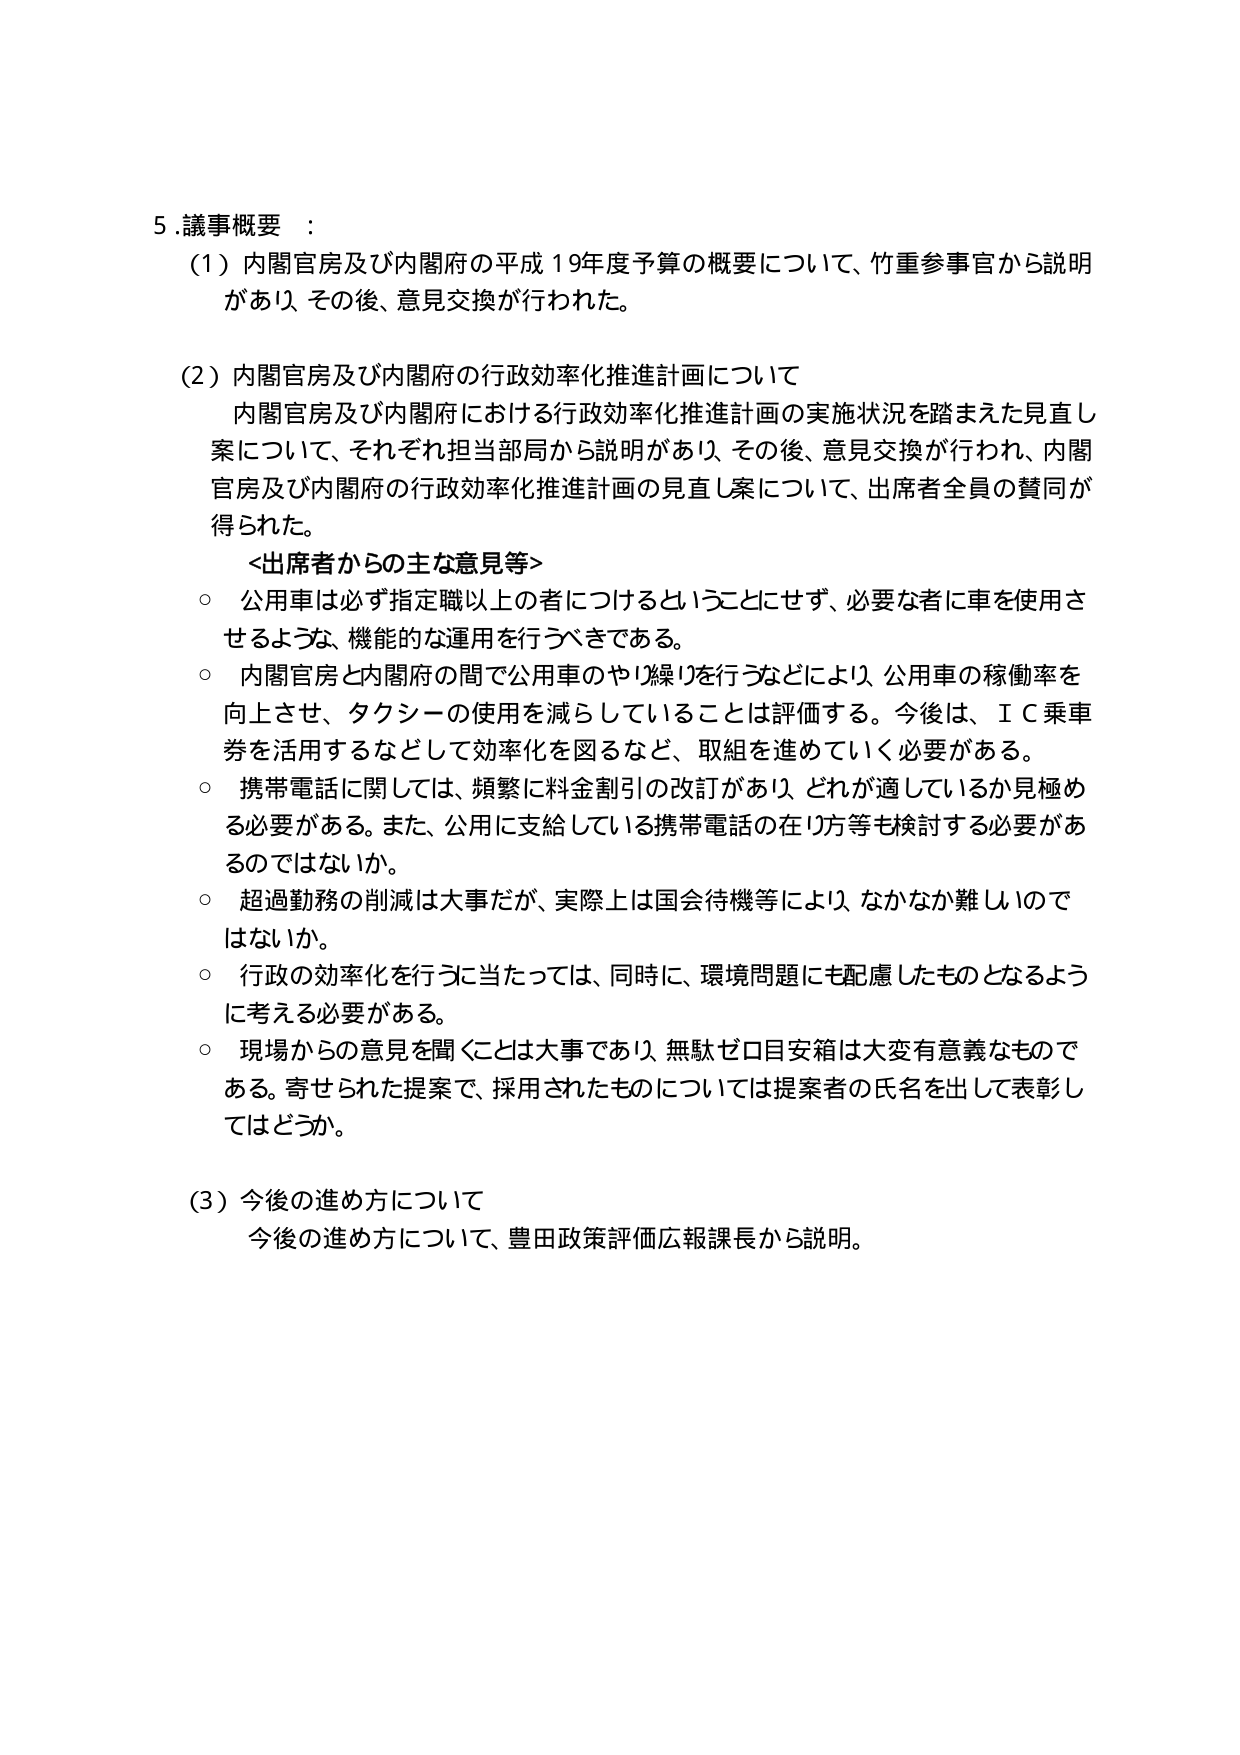
5. 議事概要：

（1）内閣官房及び内閣府の平成19年度予算の概要について、竹重参事官から説明があり、その後、意見交換が行われた。

（2）内閣官房及び内閣府の行政効率化推進計画について
　内閣官房及び内閣府における行政効率化推進計画の実施状況を踏まえた見直し案について、それぞれ担当部局から説明があり、その後、意見交換が行われ、内閣官房及び内閣府の行政効率化推進計画の見直し案について、出席者全員の賛同が得られた。

　＜出席者からの主な意見等＞
　○ 公用車は必ず指定職以上の者につけするということにせず、必要な者に車を使用させるような、機能的な運用を行うべきである。
　○ 内閣官房と内閣府の間で公用車のやり繰りを行うなどにより、公用車の稼働率を向上させ、タクシーの使用を減らしていることは評価する。今後は、ＩＣ乗車券を活用するなどして効率化を図るなど、取組を進めていく必要がある。
　○ 携帯電話に関しては、頻繁に料金割引の改訂があり、どれが適しているか見極める必要がある。また、公用に支給している携帯電話の在り方等も検討する必要があるのではないか。
　○ 超過勤務の削減は大事だが、実際上は国会待機等により、なかなか難しいのではないか。
　○ 行政の効率化を行うに当たっては、同時に、環境問題にも配慮したものとなるように考える必要がある。
　○ 現場からの意見を聞くことは大事であり、無駄ゼロ目安箱は大変有意義なものである。寄せられた提案で、採用されたものについては提案者の氏名を出して表彰してはどうか。

（3）今後の進め方について
　今後の進め方について、豊田政策評価広報課長から説明。